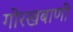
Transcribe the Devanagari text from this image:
गोरखबाणी